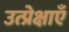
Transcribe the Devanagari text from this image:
उत्प्रेक्षाएँ